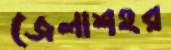
জেলাশহর